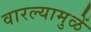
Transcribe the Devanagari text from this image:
वारल्यामुळें